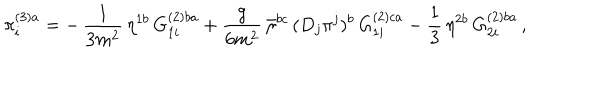
LaTeX: \pi _ { i } ^ { ( 3 ) a } = - \, \frac { 1 } { 3 m ^ { 2 } } \, \eta ^ { 1 b } \, G _ { 1 i } ^ { ( 2 ) b a } + \frac { g } { 6 m ^ { 2 } } \, \bar { \eta } ^ { b c } \, ( D _ { j } \pi ^ { j } ) ^ { b } \, G _ { 1 i } ^ { ( 2 ) c a } - \frac { 1 } { 3 } \, \eta ^ { 2 b } \, G _ { 2 i } ^ { ( 2 ) b a } \, ,